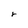
Character: r